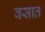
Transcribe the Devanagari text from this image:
वसात